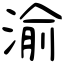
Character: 渝